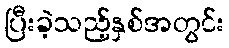
ပြီးခဲ့သည့်နှစ်အတွင်း